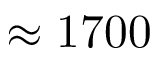
\approx 1 7 0 0